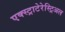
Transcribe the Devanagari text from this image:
एक्स्ट्राटेरेस्ट्रिअल